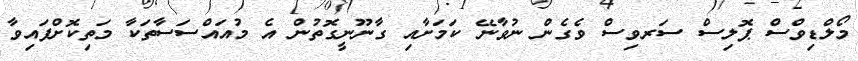
މޯލްޑިވްސް ޕޮލިސް ސަރވިސް ވެގެން ނުވާނޭ ކަމަށާއި ގާނޫނީގޮތުން އެ މުއައްސަސާތަކާ މަތިކޮށްފައިވާ